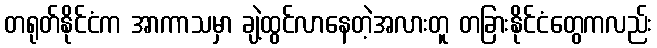
တရုတ်နိုင်ငံက အာကာသမှာ ချဲ့ထွင်လာနေတဲ့အလားတူ တခြားနိုင်ငံတွေကလည်း